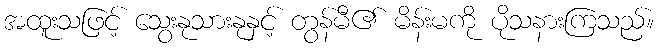
အထူးသဖြင့် သွေးနုသားနုနှင့် တွန်မီ၏ မိန်းမကို ပိုသနားကြသည်။